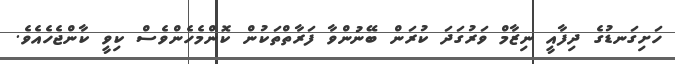
ހަށިގަނޑުގެ ދިފާއީ ނިޒާމް ވަރުގަދަ ކުރަން ބޭނުންވާ ފަރާތްތަކުން ކޮންމެހެންވެސް ކިވީ ކާންޖެހެއެވެ.